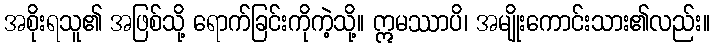
အစိုးရသူ၏ အဖြစ်သို့ ရောက်ခြင်းကိုကဲ့သို့။ ဣမဿာပိ၊ အမျိုးကောင်းသား၏လည်း။